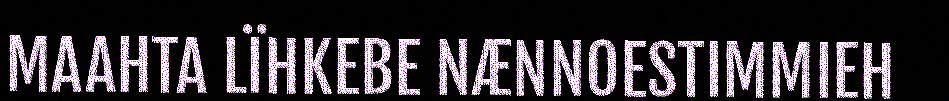
MAAHTA LÏHKEBE NÆNNOESTIMMIEH